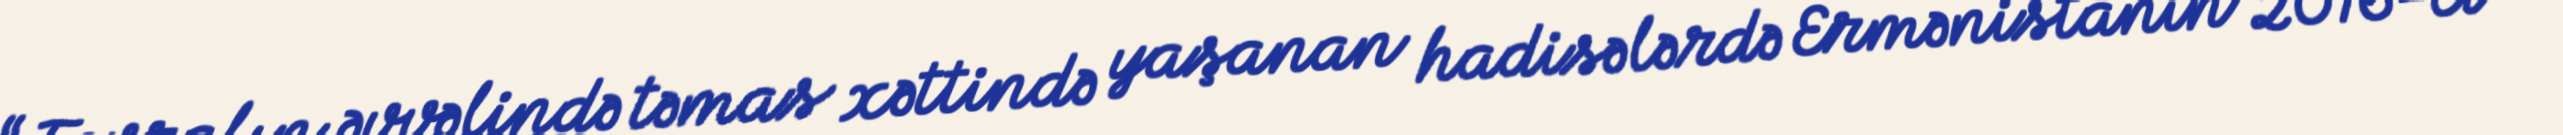
“Fevralın əvvəlində təmas xəttində yaşanan hadisələrdə Ermənistanın 2016-cı